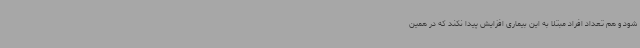
شود و هم تعداد افراد مبتلا به این بیماری افزایش پیدا نکند که در همین